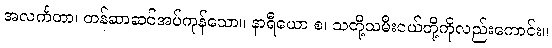
အလင်္ကတာ၊ တန်ဆာဆင်အပ်ကုန်သော။ နာရီယော စ၊ သတို့သမီးငယ်တို့ကိုလည်းကောင်း။